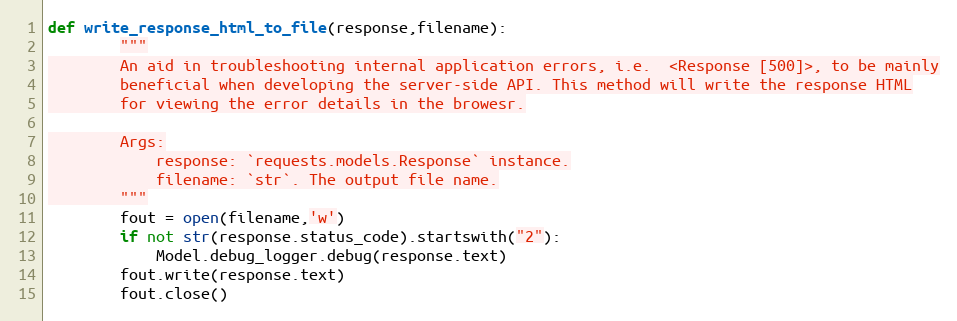
Language: Python
def write_response_html_to_file(response,filename):
        """
        An aid in troubleshooting internal application errors, i.e.  <Response [500]>, to be mainly
        beneficial when developing the server-side API. This method will write the response HTML
        for viewing the error details in the browesr.

        Args:
            response: `requests.models.Response` instance.
            filename: `str`. The output file name.
        """
        fout = open(filename,'w')
        if not str(response.status_code).startswith("2"):
            Model.debug_logger.debug(response.text)
        fout.write(response.text)
        fout.close()